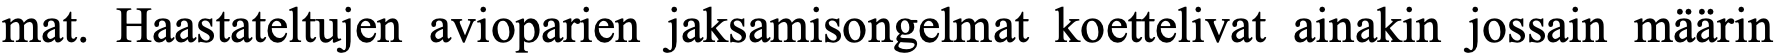
mat. Haastateltujen avioparien jaksamisongelmat koettelivat ainakin jossain määrin